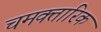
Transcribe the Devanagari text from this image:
चमक्तारिक